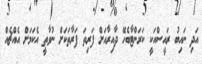
އަދި ނައިބު ރައީސްއަކީ ކަރަންޓާބެހޭ ދާއިރާއަށް ފަރިތަ ފަރާތަކަށް ނުވާތީ އެކަމަށް އެއްޗެއް